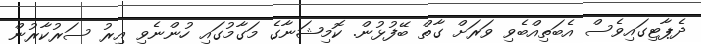
ދެޕާޓިގައިވެސް އެބަތިއްބެވި ވަރަށް ގާތް ބޭފުޅުން. ކޮމިޝަނާގެ މަގާމުގައި ހުންނެވި އިރު ސަރުކާރުން